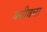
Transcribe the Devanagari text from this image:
क्यीवचा